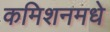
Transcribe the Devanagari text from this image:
कमिशनमधे